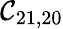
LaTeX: \mathcal{C}_{21,20}